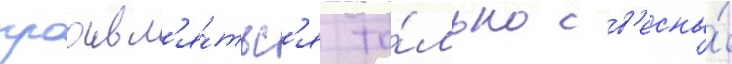
проавл'я́тьс'я то́лько с в'есны́